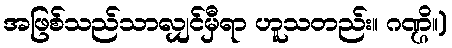
အဖြစ်သည်သာလျှင်မှီရာ ဟူသတည်း။ ဂဏ္ဌိ။)